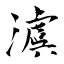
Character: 澞